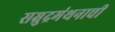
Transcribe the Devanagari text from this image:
सम्रुद्रमंथनाची